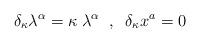
LaTeX: \begin{align*}\delta_{\kappa} \lambda^{\alpha} = \kappa\;\lambda^{\alpha}\;\;,\;\;\delta_{\kappa} x^a =0\end{align*}